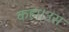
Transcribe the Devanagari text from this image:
कहा।उस